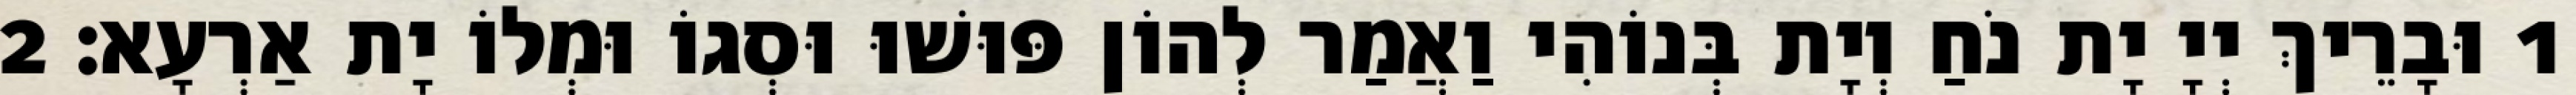
1 וּבָרֵיךְ יְיָ יָת נֹחַ וְיָת בְּנוֹהִי וַאֲמַר לְהוֹן פּוּשׁוּ וּסְגוֹ וּמְלוֹ יָת אַרְעָא׃ 2